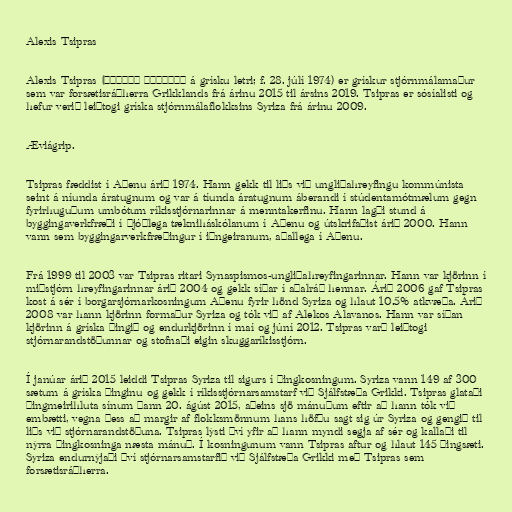
Alexis Tsipras

Alexis Tsipras (Αλέξης Τσίπρας á grísku letri; f. 28. júlí 1974) er grískur stjórnmálamaður
sem var forsætisráðherra Grikklands frá árinu 2015 til ársins 2019. Tsipras er sósíalisti og
hefur verið leiðtogi gríska stjórnmálaflokksins Syriza frá árinu 2009.

Æviágrip.

Tsipras fæddist í Aþenu árið 1974. Hann gekk til liðs við ungliðahreyfingu kommúnista
seint á níunda áratugnum og var á tíunda áratugnum áberandi í stúdentamótmælum gegn
fyrirhuguðum umbótum ríkisstjórnarinnar á menntakerfinu. Hann lagði stund á
byggingaverkfræði í þjóðlega tækniháskólanum í Aþenu og útskrifaðist árið 2000. Hann
vann sem byggingarverkfræðingur í iðngeiranum, aðallega í Aþenu.

Frá 1999 til 2003 var Tsipras ritari Synaspismos-ungliðahreyfingarinnar. Hann var kjörinn í
miðstjórn hreyfingarinnar árið 2004 og gekk síðar í aðalráð hennar. Árið 2006 gaf Tsipras
kost á sér í borgarsjórnarkosningum Aþenu fyrir hönd Syriza og hlaut 10.5% atkvæða. Árið
2008 var hann kjörinn formaður Syriza og tók við af Alekos Alavanos. Hann var síðan
kjörinn á gríska þingið og endurkjörinn í maí og júní 2012. Tsipras varð leiðtogi
stjórnarandstöðunnar og stofnaði eigin skuggaríkisstjórn.

Í janúar árið 2015 leiddi Tsipras Syriza til sigurs í þingkosningum. Syriza vann 149 af 300
sætum á gríska þinginu og gekk í ríkisstjórnarsamstarf við Sjálfstæða Grikki. Tsipras glataði
þingmeirihluta sínum þann 20. ágúst 2015, aðeins sjö mánuðum eftir að hann tók við
embætti, vegna þess að margir af flokksmönnum hans höfðu sagt sig úr Syriza og gengið til
liðs við stjórnarandstöðuna. Tsipras lýsti því yfir að hann myndi segja af sér og kallaði til
nýrra þingkosninga næsta mánuð. Í kosningunum vann Tsipras aftur og hlaut 145 þingsæti.
Syriza endurnýjaði því stjórnarsamstarfið við Sjálfstæða Grikki með Tsipras sem
forsætisráðherra.